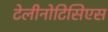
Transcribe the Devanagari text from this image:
टेलीनोटिसिएस